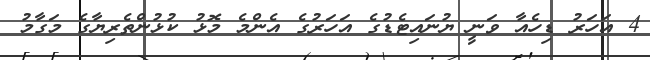
4 އަހަރު ޑިހެއާ ވަނީ ޔުނައިޓެޑުގެ އަހަރުގެ އެންމެ މޮޅު ކުޅުންތެރިޔާގެ މަގާމު